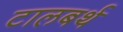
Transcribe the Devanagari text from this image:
टालबर्थ